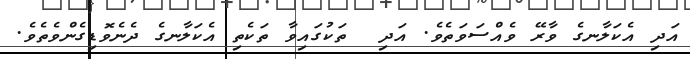
އަދި އެކަލާނގެ ވާރޭ ވެއްސަވަތެވެ. އަދި  ތަކުގައިވާ ތަކެތި އެކަލާނގެ ދެނެވޮޑިގެންވެތެވެ.